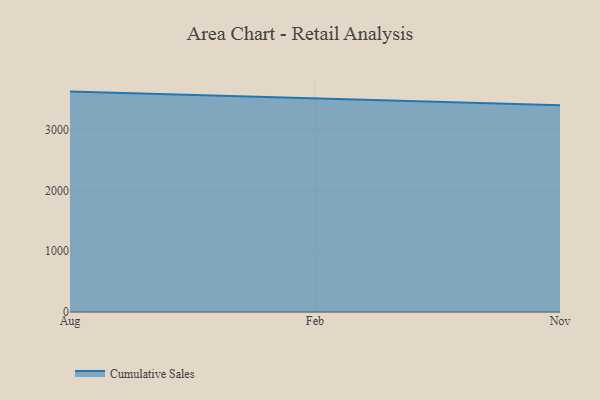
{"axis": {"x": "Month", "y": "Churn Rate (%)"}, "legend": ["Cumulative Sales"], "data": [{"x": "Aug", "y": 3623.9, "type": "Cumulative Sales"}, {"x": "Feb", "y": 3508.4, "type": "Cumulative Sales"}, {"x": "Nov", "y": 3400.1, "type": "Cumulative Sales"}]}